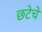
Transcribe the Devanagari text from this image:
छटेचे